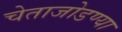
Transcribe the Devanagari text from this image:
चेताजोडण्या